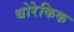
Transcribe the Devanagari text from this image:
थोरेकिक